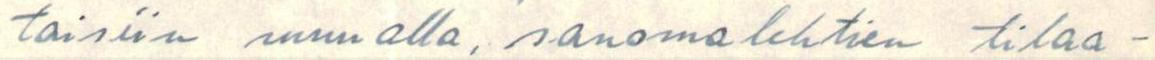
taisiin muualla, sanomalehtien tilaa-